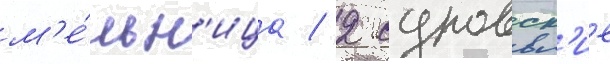
м'е́льн'ица / 2 суровск'ие